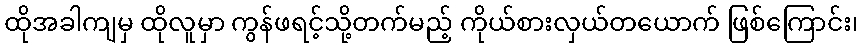
ထိုအခါကျမှ ထိုလူမှာ ကွန်ဖရင့်သို့တက်မည့် ကိုယ်စားလှယ်တယောက် ဖြစ်ကြောင်း၊